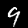
Digit: 9